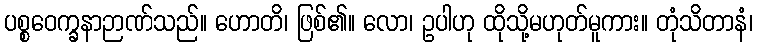
ပစ္စဝေက္ခနာဉာဏ်သည်။ ဟောတိ၊ ဖြစ်၏။ လော၊ ဥပါဟု ထိုသို့မဟုတ်မူကား။ တုံသိတာနံ၊